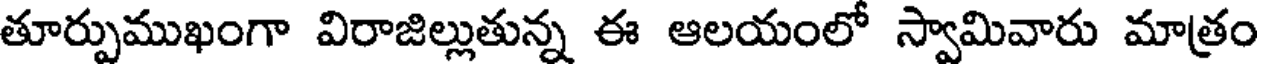
తూర్పుముఖంగా విరాజిల్లుతున్న ఈ ఆలయంలో స్వామివారు మాత్రం